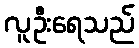
လူဦးရေသည်